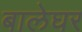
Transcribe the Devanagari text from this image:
बालेघर